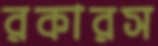
রকারস